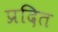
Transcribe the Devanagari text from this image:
प्रदित